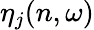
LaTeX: \eta_{j}(n,\omega)